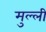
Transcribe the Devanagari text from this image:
मुल्ली